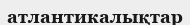
атлантикалықтар